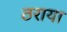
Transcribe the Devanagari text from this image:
ठराया